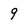
Character: 9